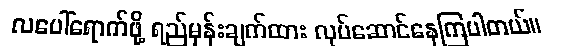
လပေါ်ရောက်ဖို့ ရည်မှန်းချက်ထား လုပ်ဆောင်နေကြပါတယ်။